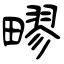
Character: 疁